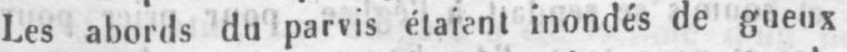
Les abords du parvis étaient inondés de gueux